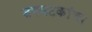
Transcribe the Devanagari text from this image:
उपघटकांचा